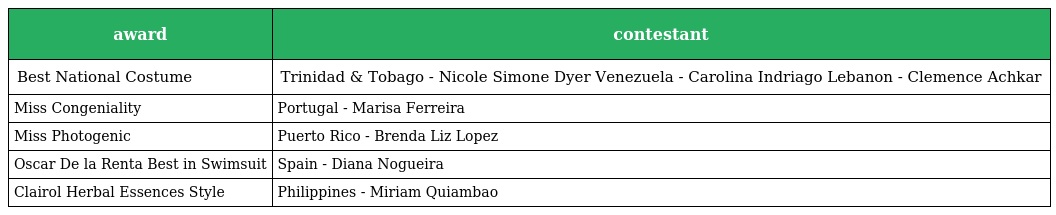
| award | contestant |
 | --- | --- |
 | Best National Costume | Trinidad & Tobago - Nicole Simone Dyer Venezuela - Carolina Indriago Lebanon - Clemence Achkar |
 | Miss Congeniality | Portugal - Marisa Ferreira |
 | Miss Photogenic | Puerto Rico - Brenda Liz Lopez |
 | Oscar De la Renta Best in Swimsuit | Spain - Diana Nogueira |
 | Clairol Herbal Essences Style | Philippines - Miriam Quiambao |